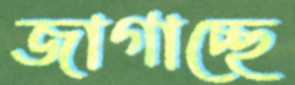
জাগাচ্ছে